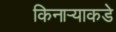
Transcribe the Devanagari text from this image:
किनाऱ्याकडे